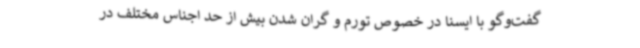
گفت‌وگو با ایسنا در خصوص تورم و گران شدن بیش از حد اجناس مختلف در